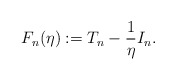
\begin{align*}F_n(\eta):=T_n-\frac{1}{\eta}I_n.\end{align*}